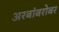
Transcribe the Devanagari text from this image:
अरबांबरोबर